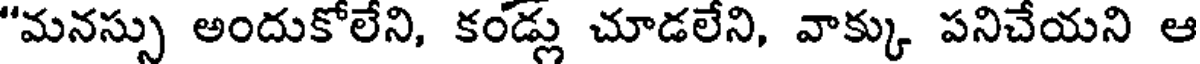
"మనస్సు అందుకోలేని, కండ్లు చూడలేని, వాక్కు పనిచేయని ఆ